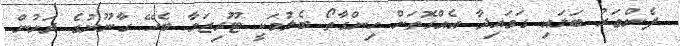
ފެންވަރު ބަލައި ގަވައިދާ އެއްގޮތަށް ހިންގާތޯ ބެލުމަކީ ޓޫރިޒަމާ ބެހޭ ގާނޫނުގެ ދަށުން